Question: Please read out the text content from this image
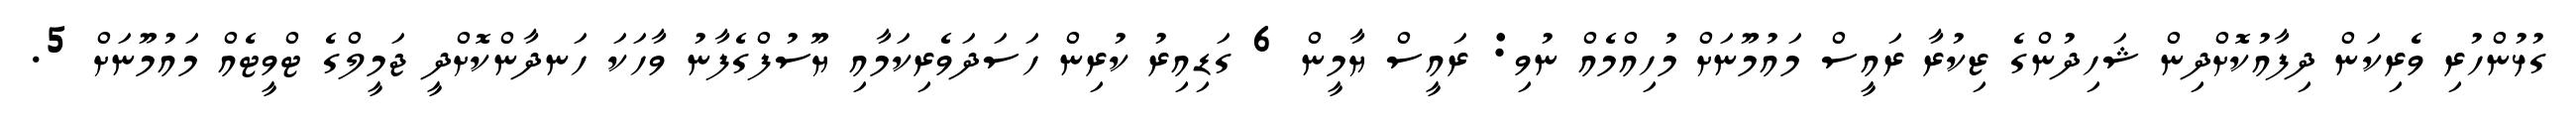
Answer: ގުޅުންހުރި ވެރިކަން ދިފާއުކޮށްދިން ޝަހިދުންގެ ޒިކުރާ ރައީސް މައުމޫނަށް މުހިއްމެއް ނުވި: ރައީސް ޔާމީން 6 ގަޑިއިރު ކުރިން ހަސަދަވެރިކަމާއި ޔޫސުފްގެފާނު ވާހަކަ ހަނދާންކޮށްދީ ޖަމީލްގެ ޓްވީޓެއް މައުމޫނަށް 5.